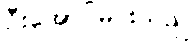
ဦးအောင်မင်းသည်